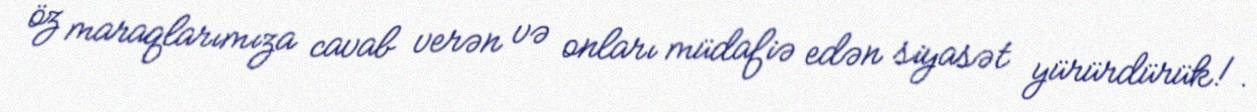
öz maraqlarımıza cavab verən və onları müdafiə edən siyasət yürürdürük!.